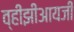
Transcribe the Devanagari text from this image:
व्हीझीआयजी